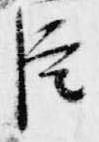
臣